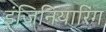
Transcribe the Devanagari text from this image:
इंजिनियारिंग